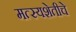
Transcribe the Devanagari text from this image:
मत्स्यशेतीचे